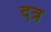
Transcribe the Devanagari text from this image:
दत्र